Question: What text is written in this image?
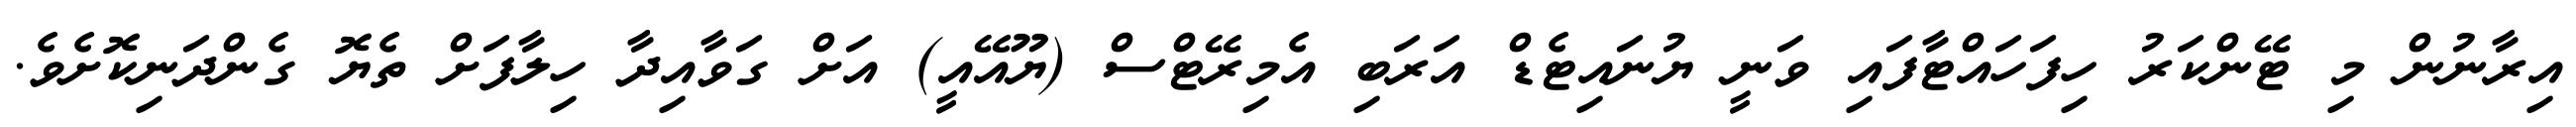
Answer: އިރާނުން މި ޓޭންކަރު ހިފަހައްޓާފައި ވަނީ ޔުނައިޓެޑް އަރަބި އެމިރޭޓްސް (ޔޫއޭއީ) އަށް ގަވާއިދާ ހިލާފަށް ތެޔޮ ގެންދަނިކޮށެވެ.